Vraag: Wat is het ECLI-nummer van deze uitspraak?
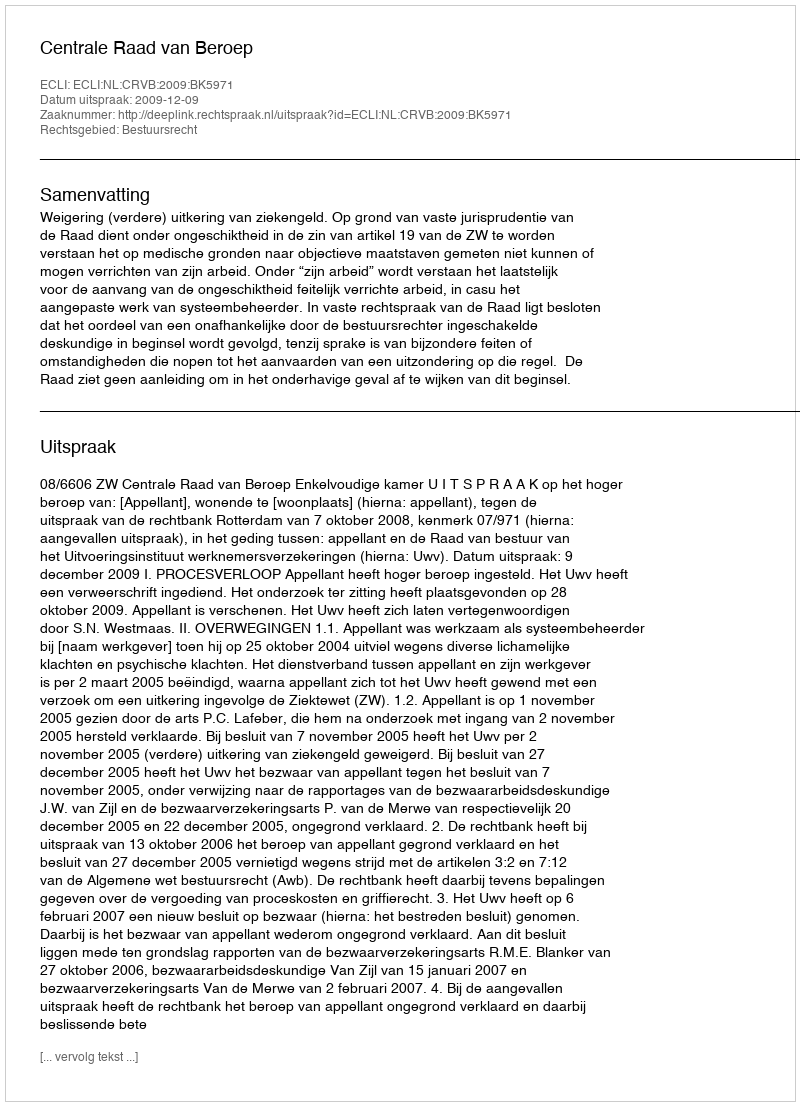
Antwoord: ECLI:NL:CRVB:2009:BK5971